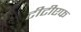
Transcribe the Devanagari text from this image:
टीटीएफ